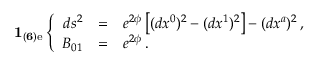
{ \bf 1 _ { ( 6 ) \mathrm { e } } } \left\{ \begin{array} { r c l } { { d s ^ { 2 } } } & { { = } } & { { e ^ { 2 { \phi } } \left[ ( d x ^ { 0 } ) ^ { 2 } - ( d x ^ { 1 } ) ^ { 2 } \right] - ( d x ^ { a } ) ^ { 2 } \, , } } \\ { { { B } _ { 0 1 } } } & { { = } } & { { e ^ { 2 { \phi } } \, . } } \end{array} \right.